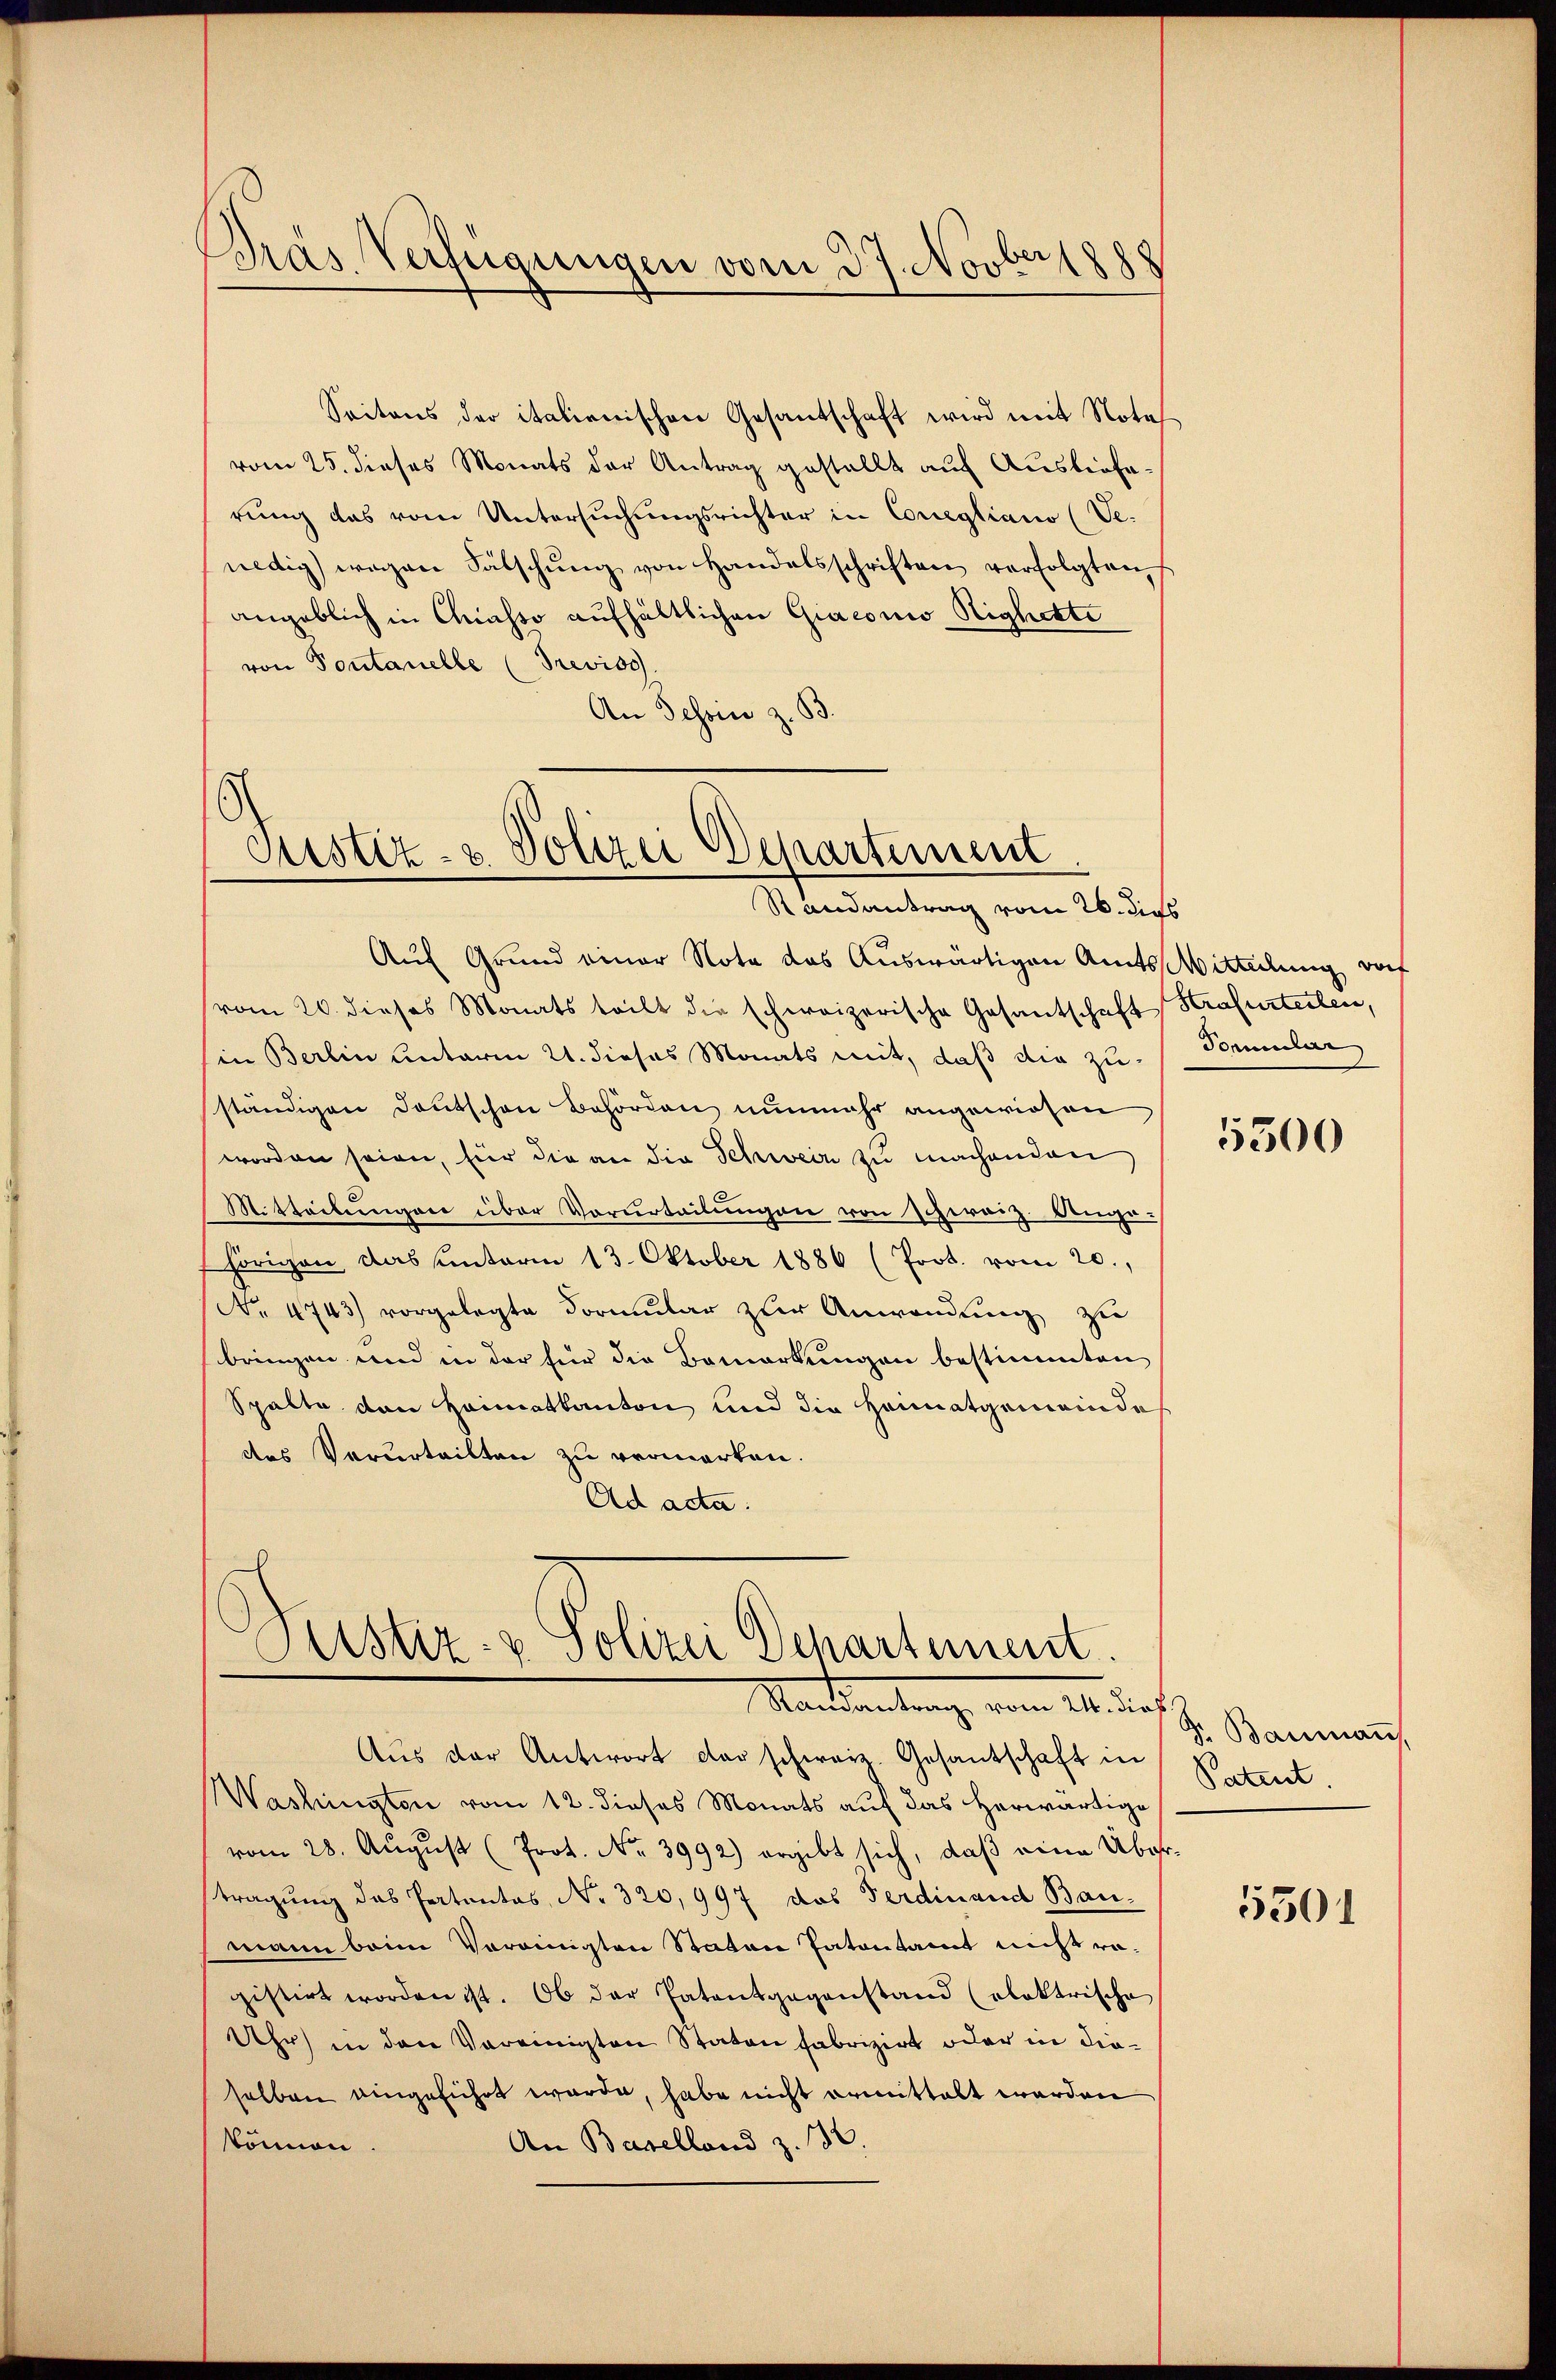
Dras Verfügungen vom 27. Novber 1888

Seitens der italienischen Gesantschaft wird mit Notes
vom 25. dieses Monats der Antrag gestellt auf Auslieferung das vom Untersuchungsrichter in Corregliano (Ve-
nedig) wegen Fälschŭng von Handelsschriften verfolgten
angeblich in Chiasso aufhältlichen Giaconio Sighette
von Pontanelle (Treviso
An Tessin z. B.

Justiz- & Polizei Departement
Randantrag vom 26. dies

Justiz- & Polizei Departement.
Mandantung vom 21. durch
Aus der Antwort das schweiz. Gesantschaft in

Auf Grund einer Nota das Auswärtigen Amts Witteilung dort
vom 20. dieses Monats teilt die schweizerische Gesantschaft Strafurteilen,
in Berlin unterm 21. dieses Monats mit, daß die zuständigen Deutschen Behörden nunmehr angewiesen
worden seien, für die an die Schweiz zu machenden
Mitteilŭngen über Vorurteilŭngen von Schiraiz Ange-
hörigen das unterm 13. Oktober 1886 (Prot. vom 20.,
No. 4743) vorgelegte Formular zur Anwendung zu
bringen und in der für die Bemerkungen bestimmten
Spalte den Heimatkanton und die Heimatgemeinde
des Verurteilten zu vermarken.
Ad acta.

Washington vom 12. dieses Monats auf das herwärtige
vom 28. Aŭgŭst (Prot. No. 3992) ergibt sich, daß eine Übertragung des Patentes, No. 320,997 das Ferdinand Bau-
mann beim Vereinigten Staten Patentamt nicht ra-
gistirt worden ist. Ob der Patentgegenstand (oloktrische
Uhr) in der Vereinigten Staten fabrizirt oder in dieselben eingeführt wurde, habe nicht ermittelt werden
können.
An Baselland z. 136.

Beunder

5300

S. Bauman
Patent.

5501